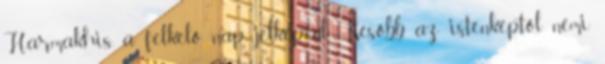
Harmakhis, a felkelő nap jelképéül. Később, az istenképtől némi